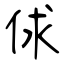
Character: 俅